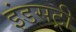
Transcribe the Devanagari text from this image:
इंडसट्री